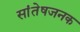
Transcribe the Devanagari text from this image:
सांतेषजनक